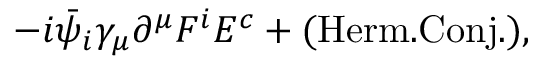
- i { \bar { \psi } _ { i } } \gamma _ { \mu } \partial ^ { \mu } F ^ { i } E ^ { c } + ( \mathrm { H e r m . C o n j . } ) ,